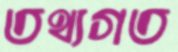
তথ্যগত